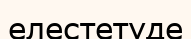
елестетуде